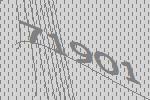
71901